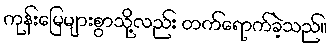
ကုန်းမြေများစွာသို့လည်း တက်ရောက်ခဲ့သည်။